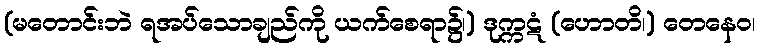
(မတောင်းဘဲ ရအပ်သောချည်ကို ယက်စေရာ၌၊) ဒုက္ကဋံ (ဟောတိ၊) တေနေဝ၊